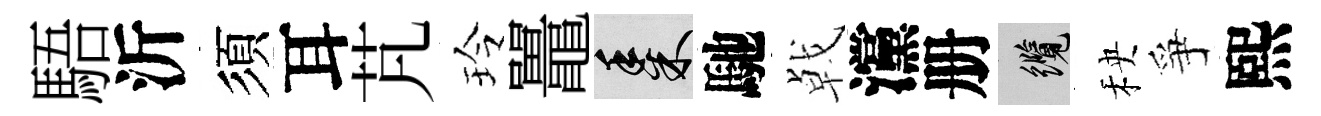
䮏沂須耳芃玲鼉黍馳㦸灙册纜秧爭熙